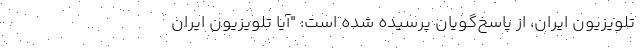
تلویزیون ایران، از پاسخ‌گویان پرسیده شده است: "آیا تلویزیون ایران